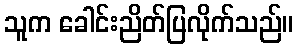
သူက ခေါင်းညိတ်ပြလိုက်သည်။